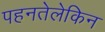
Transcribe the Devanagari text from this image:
पहनतेलेकिन